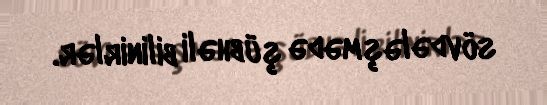
sövdələşmədə şübhəli bilinirlər.